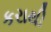
કરાથી